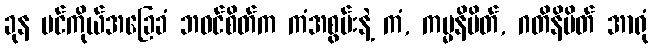
ခုန ပင်ကိုယ်အခြေခံ ဘဝင်စိတ်က ကံအစွမ်းနဲ့ ကံ, ကမ္မနိမိတ်, ဂတိနိမိတ် အာရုံ